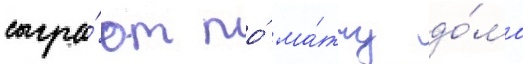
сыгра́ют по́ ма́тчу до́ма